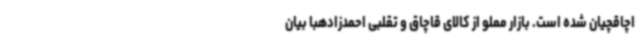
اچاقچیان شده است. بازار مملو از کالای قاچاق و تقلبی احمدزادهبا بیان